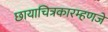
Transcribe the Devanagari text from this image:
छायाचित्रकारम्हणजे